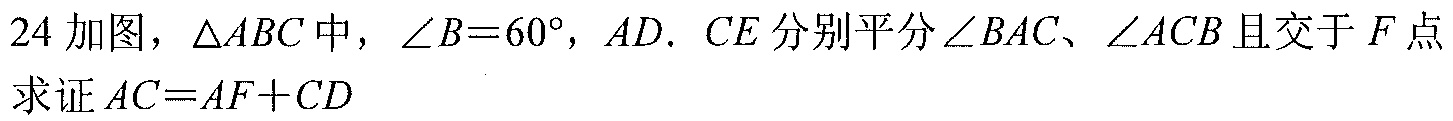
24 如图，\(\triangle ABC\)中，\(\angle B = 60^{\circ}\)，\(AD\)、\(CE\)分别平分\(\angle BAC\)、\(\angle ACB\)且交于\(F\)点.
求证\(AC = AF + CD\)